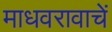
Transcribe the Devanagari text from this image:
माधवरावाचें